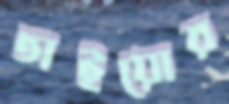
তাইয়োর